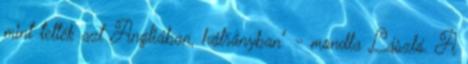
mint tették azt Angliában, hátrányban" - mondta László. A